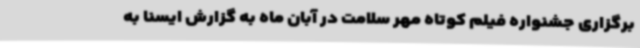
برگزاری جشنواره فیلم کوتاه مهر سلامت در آبان ماه به گزارش ایسنا به